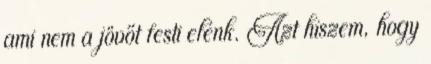
ami nem a jövőt festi elénk. Azt hiszem, hogy